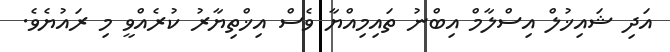
އަދި ޝައިޚުލް އިސްލާމް އިބްނު ތައިމިއްޔާ ވެސް އިޚްތިޔާރު ކުރެއްވީ މި ރައުޔެވެ.